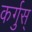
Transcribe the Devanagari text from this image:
कर्गुस्